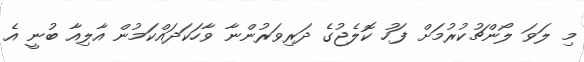
މި ލަވަ ލޯންޗުކުރުމަށް ފަހު ކޮލެޖުގެ ދަރިވަރުންނާ ވާހަކަދައްކަމުން އާލިއާ ބުނީ އެ